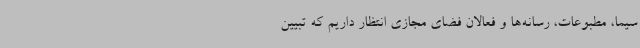
سیما، مطبوعات، رسانه‌ها و فعالان فضای مجازی انتظار داریم که تبیین